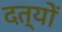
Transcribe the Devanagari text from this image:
दत्यों